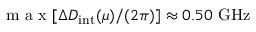
\mathrm { ~ m ~ a ~ x ~ } [ \Delta D _ { \mathrm { i n t } } ( \mu ) / ( 2 \pi ) ] \approx 0 . 5 0 ~ \mathrm { G H z }